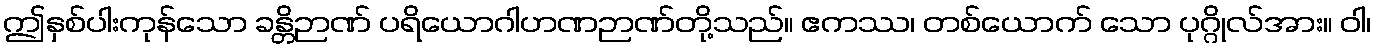
ဤနှစ်ပါးကုန်သော ခန္တိဉာဏ် ပရိယောဂါဟဏဉာဏ်တို့သည်။ ဧကဿ၊ တစ်ယောက် သော ပုဂ္ဂိုလ်အား။ ဝါ၊